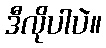
ဒီလိုပါပဲ။